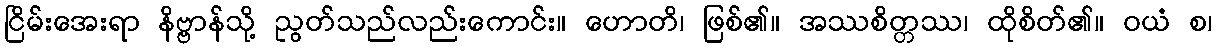
ငြိမ်းအေးရာ နိဗ္ဗာန်သို့ ညွတ်သည်လည်းကောင်း။ ဟောတိ၊ ဖြစ်၏။ အဿစိတ္တဿ၊ ထိုစိတ်၏။ ဝယံ စ၊